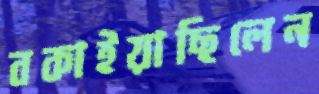
বকাইয়াছিলেন